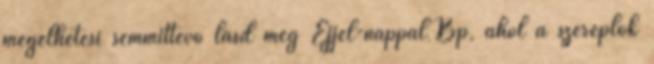
megélhetési semmittevő lásd még Éjjel-nappal Bp, ahol a szereplők